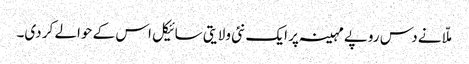
ملّا نے دس روپے مہینہ پر ایک نئی ولایتی سائیکل اس کے حوالے کر دی۔